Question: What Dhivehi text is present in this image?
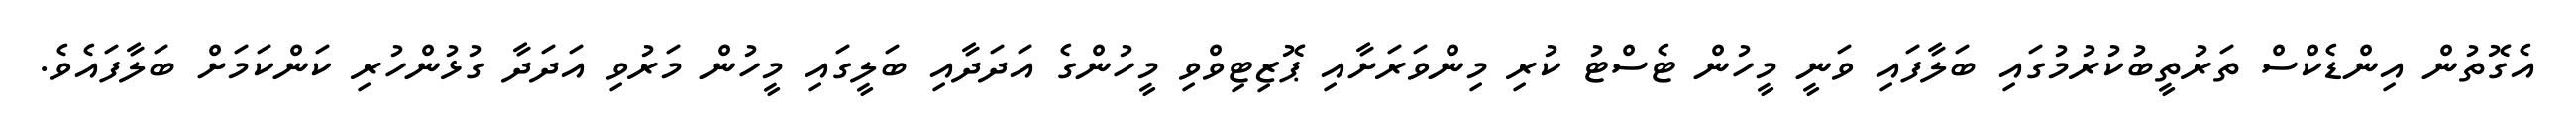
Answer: އެގޮތުން އިންޑެކްސް ތަރުތީބުކުރުމުގައި ބަލާފައި ވަނީ މީހުން ޓެސްޓު ކުރި މިންވަރަށާއި ޕޮޒިޓިވްވި މީހުންގެ އަދަދާއި ބަލީގައި މީހުން މަރުވި އަދަދާ ގުޅުންހުރި ކަންކަމަށް ބަލާފައެވެ.